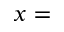
x =